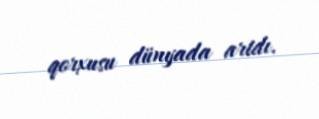
qorxusu dünyada artdı.